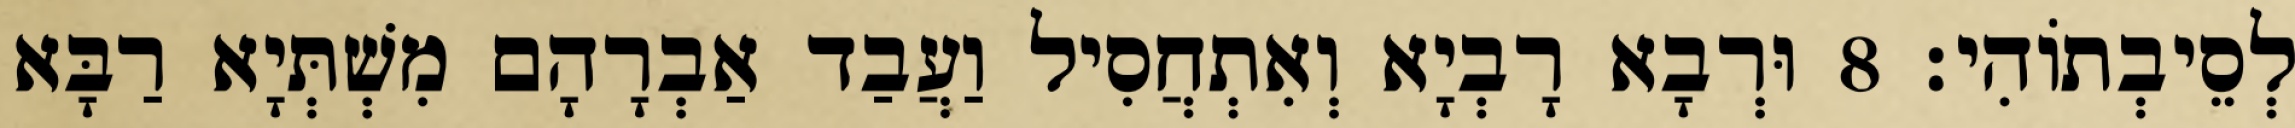
לְסֵיבְתוֹהִי׃ 8 וּרְבָא רָבְיָא וְאִתְחֲסִיל וַעֲבַד אַבְרָהָם מִשְׁתְּיָא רַבָּא